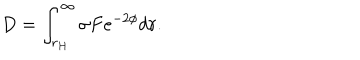
D = \int _ { r _ { H } } ^ { \infty } \sigma F e ^ { - 2 \phi } d r .